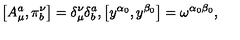
\left[ A _ { \mu } ^ { a } , \pi _ { b } ^ { \nu } \right] = \delta _ { \mu } ^ { \nu } \delta _ { b } ^ { a } , \left[ y ^ { \alpha _ { 0 } } , y ^ { \beta _ { 0 } } \right] = \omega ^ { \alpha _ { 0 } \beta _ { 0 } } ,